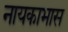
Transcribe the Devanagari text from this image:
नायकाभास